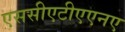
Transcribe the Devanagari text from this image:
एससीएटीएएनए